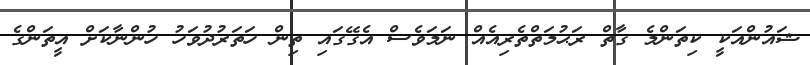
ޝައުންއަކީ ކިތަންމެ ގާތް ރަޙުމަތްތެރިއެއް ނަމަވެސް އެގޭގައި ތިން ހަތަރުދުވަހު ހުންނާކަށް އީތަންގެ